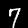
Digit: 7